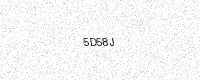
Text: 5D58J